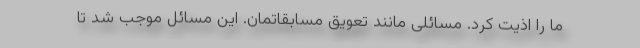
ما را اذیت کرد. مسائلی مانند تعویق مسابقاتمان. این مسائل موجب شد تا